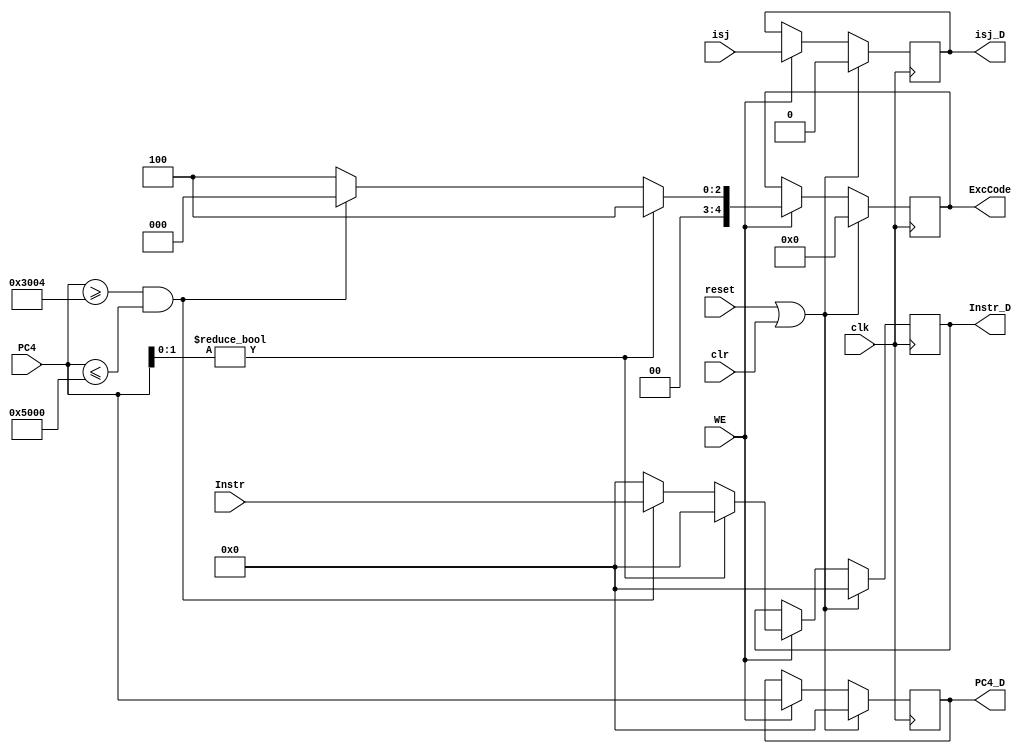
`timescale 1ns / 1ps
//////////////////////////////////////////////////////////////////////////////////
// Company: 
// Engineer: 
// 
// Design Name: 
// Module Name:    IF_ID_module 
// Project Name: 
// Target Devices: 
// Tool versions: 
// Description: 
//
// Dependencies: 
//
// Revision: 
// Revision 0.01 - File Created
// Additional Comments: 
//
//////////////////////////////////////////////////////////////////////////////////
module IF_ID_module(
    input [31:0] Instr,
    input [31:0] PC4,
	 input isj,
	 input clk,
	 input reset,
	 input WE,
	 input clr,
    output [31:0] Instr_D,
    output [31:0] PC4_D,
	 output reg [4:0] ExcCode,
	 output reg isj_D
    );
	
	reg [31:0] Instr_D_Reg,PC4_D_Reg;
	
	initial begin
		Instr_D_Reg = 0;
		PC4_D_Reg = 0;
		ExcCode   = 0;
		isj_D = 0;
	end
	
	assign PC4_D = PC4_D_Reg,
			 Instr_D = Instr_D_Reg;
			 
	always @(posedge clk)begin
		if(reset == 1 || clr == 1)begin
			Instr_D_Reg = 0;
			PC4_D_Reg = 0;
			ExcCode   = 0;
			isj_D = 0;
		end
		else if(WE == 1)begin
			PC4_D_Reg = PC4;
			isj_D = isj;
			if(PC4[1:0] != 2'b00)begin
				ExcCode   = 4;
				Instr_D_Reg = 0;
			end
			else if(!(PC4>=32'h0000_3004&&PC4<=32'h0000_5000))begin
				ExcCode   = 4;
				Instr_D_Reg = 0;
			end
			else begin
				ExcCode   = 0;
				Instr_D_Reg = Instr;
			end
		end
	end
		
endmodule